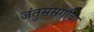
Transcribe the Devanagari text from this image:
जंतुसंसर्गाचा